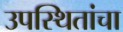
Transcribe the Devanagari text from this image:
उपस्थितांचा